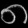
Digit: ၈